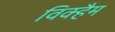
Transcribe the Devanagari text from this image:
विक्हैम